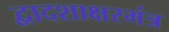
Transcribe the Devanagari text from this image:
द्वादशाक्षरमंत्र